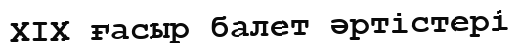
XIX ғасыр балет әртістері